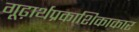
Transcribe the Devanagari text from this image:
गूढ़ार्थप्रकाशिकाकार